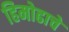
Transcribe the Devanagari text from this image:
हिमोढाचे